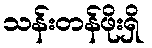
သန်းတန်ဖိုးရှိ